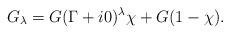
LaTeX: \begin{align*}G_\lambda=G(\Gamma+i0)^\lambda\chi+G(1-\chi).\end{align*}